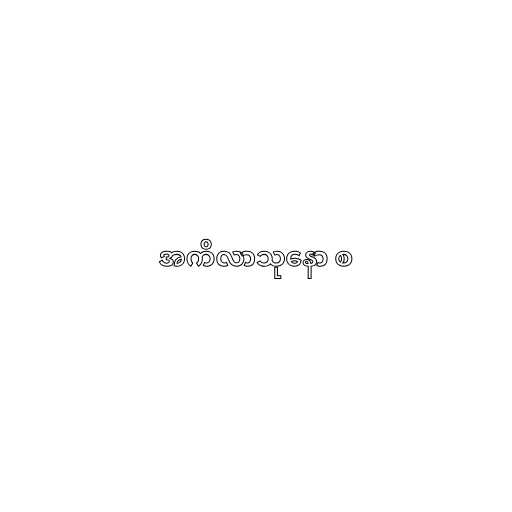
အကိလာသုနော စ